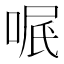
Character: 𠶩